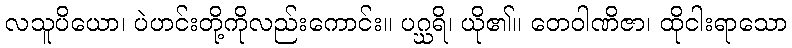
လသူပိယော၊ ပဲဟင်းတို့ကိုလည်းကောင်း။ ပဂ္ဃရိ၊ ယို၏။ တေဝါဏိဇာ၊ ထိုငါးရာသော